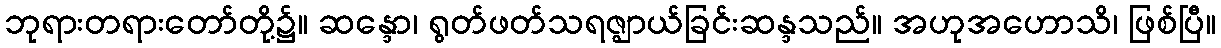
ဘုရားတရားတော်တို့၌။ ဆန္ဒော၊ ရွတ်ဖတ်သရဇ္ဈာယ်ခြင်းဆန္ဒသည်။ အဟုအဟောသိ၊ ဖြစ်ပြီ။